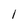
Character: 1